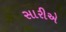
સારીએ